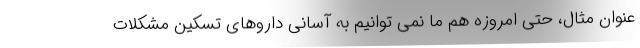
عنوان مثال، حتی امروزه هم ما نمی توانیم به آسانی داروهای تسکین مشکلات